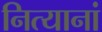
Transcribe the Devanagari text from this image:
नित्यानां